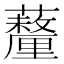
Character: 𧄚